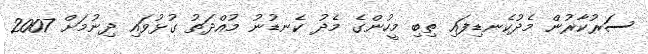
ސަރުކާރުން މެދުކެނޑިފައި ތިބި މީހުންގެ މެދު ކެނޑުނު މުއްދަތު ގުޅުވައި ދިނުމަށް 2007